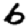
Digit: 6